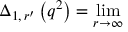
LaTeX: \Delta _ { 1 , \, r ^ { \prime } } \left( q ^ { 2 } \right) = \operatorname * { l i m } _ { r \rightarrow \infty }